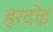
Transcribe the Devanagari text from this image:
हरदाेई